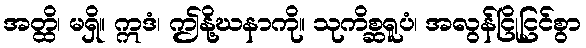
အတ္ထိ၊ မရှိ။ ဣဒံ၊ ဤနို့ဃနာကို။ သုကိစ္ဆရူပံ၊ အလွန်ငြိုငြင်စွာ